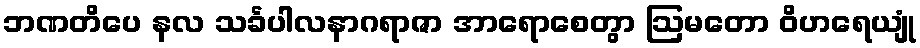
ဘဏတိပေ နလ သင်္ခပါလနာဂရာဇာ အာရောစေတွာ ဩမတော ဝိဟရေယျုံ